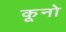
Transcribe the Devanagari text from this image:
कूनो